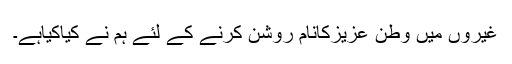
غیروں میں وطن عزیزکانام روشن کرنے کے لئے ہم نے کیاکیاہے۔